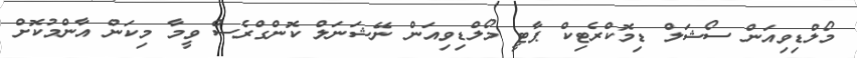
މޯލްޑިވިއަން ސޯޝަލް ޑިމޮކްރެޓިކް ޕާޓީ މޯލްޑިވިއަން ނޭޝަނަލް ކޮންގްރެސް ވީމާ މިކަން އާންމުކޮށް